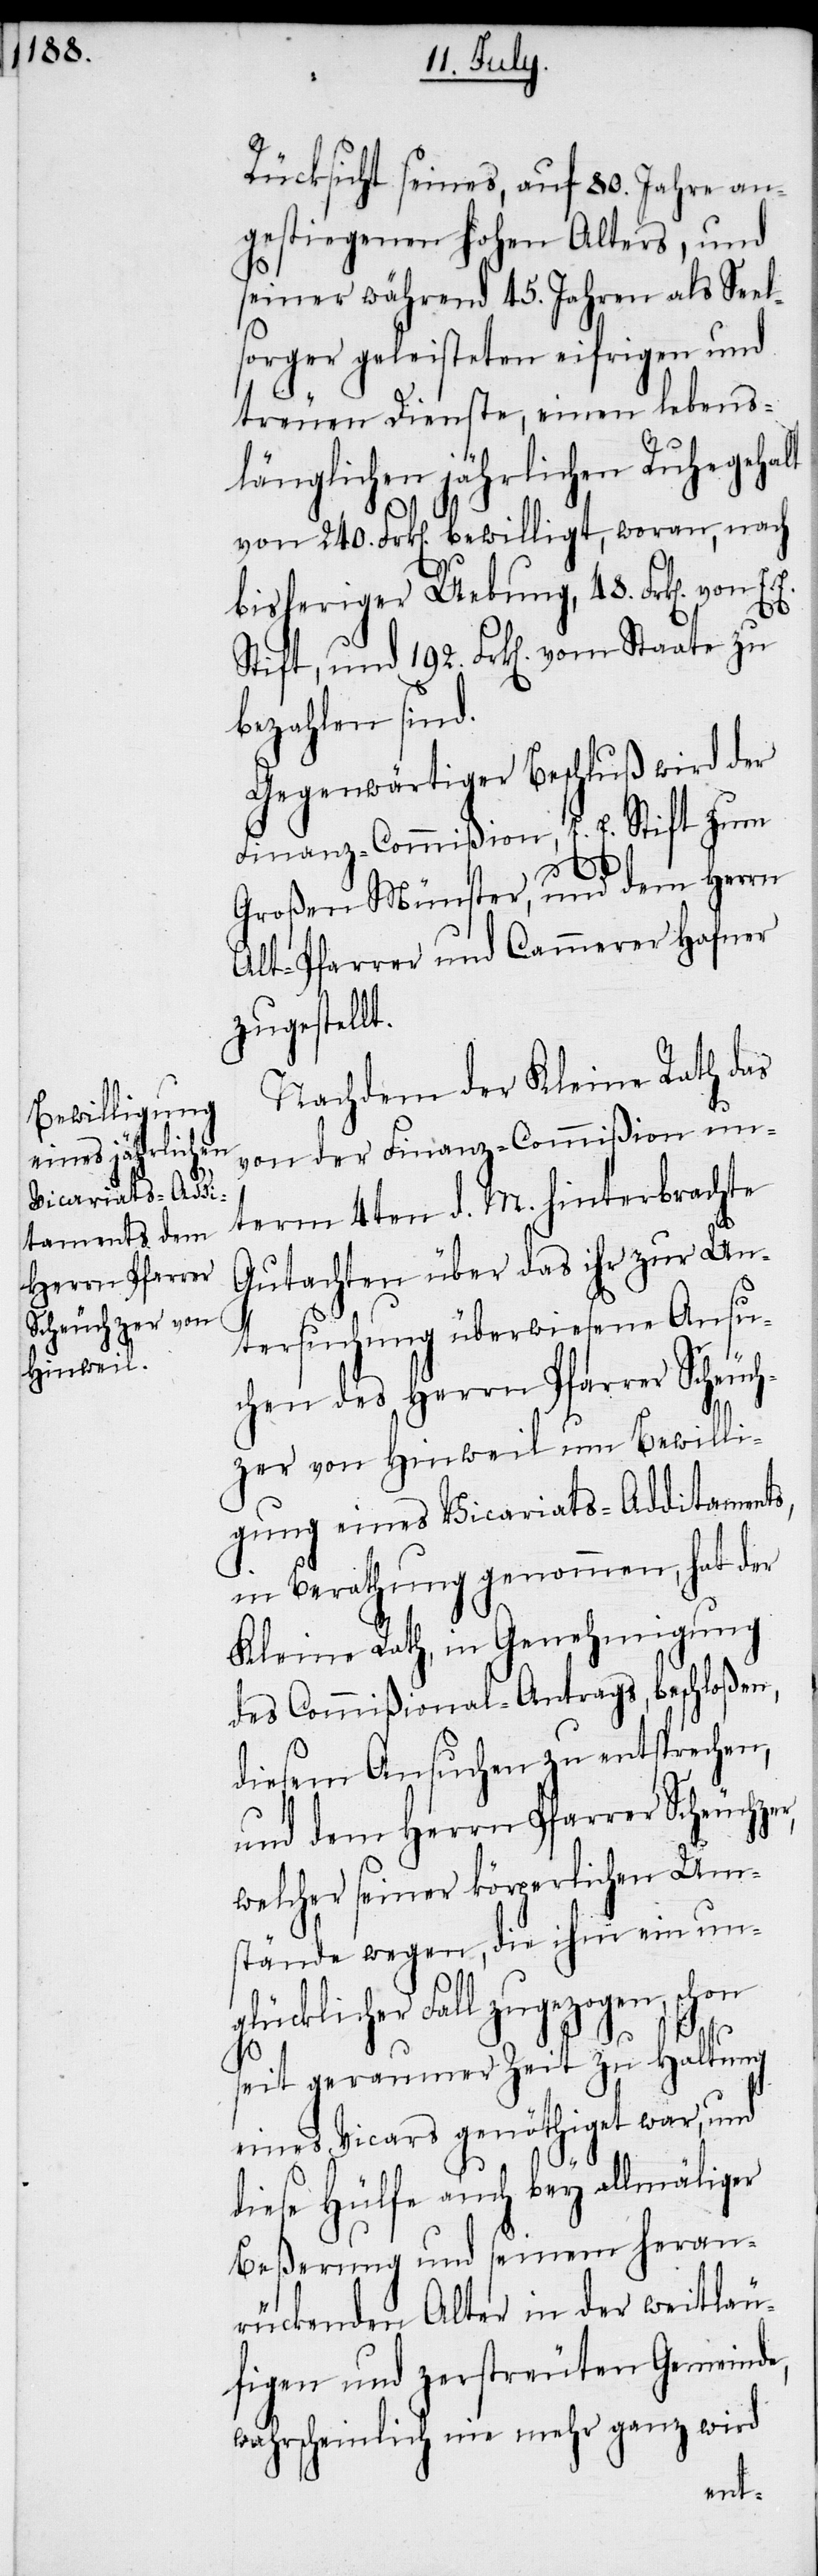
192.

Rücksicht seines, auf 80. Jahre an¬
gestiegenen hohen Alters, und
seiner während 45. Jahren als Seel¬
sorger geleisteten eifrigen und
treuen Dienste, einen lebens¬
länglichen jährlichen Ruhegehalt
von 240. Frk[en]. bewilligt, woran, nach
bisheriger Uebung, 48. Frk[en]. von
bezahlen sind.
Gegenwärtiger Beschluß wird der
Finanz-Commißion, E. E. Stift zum
Großen Münster, und dem Herrn
Alt-Pfarrer und Cammerer Hafner
zugestellt.
Nachdem der Kleine Rath das
von der Finanz-Commißion un¬
term 4ten d. M. hinterbrachte
Gutachten über das ihr zur Un¬
tersuchung überwiesene Ansu¬
chen des Herrn Pfarrer Scheuc¬
hzer von Hinweil um Bewilli¬
gung eines Vicariats-Additaments,
in Berathung genommen, hat der
Kleine Rath, in Genehmigung
des Commißional-Antrags, beschloßen,
diesem Ansuchen zu entsprechen,
und dem Herrn Pfarrer Scheuchz¬
welcher seiner körperlichen Um¬
stände wegen, die ihm ein un¬
glücklicher Fall zugezogen, schon
seit geraumer Zeit zu Haltung
eines Vicars genöthiget war, und
diese Hülfe auch bey allmäliger
Beßerung und seinem heran¬
rückenden Alter in der weitläu¬
figen und zerstreuten Gemeinde,
wahrscheinlich nie mehr ganz wird
er,